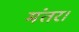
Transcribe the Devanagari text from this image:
मंतर।